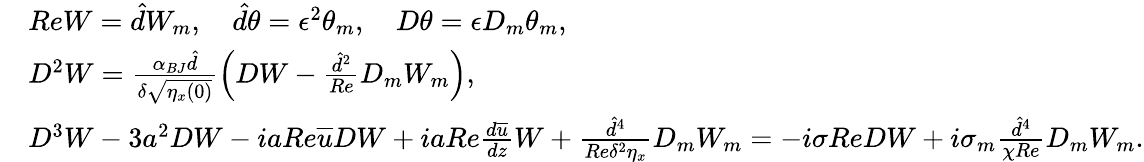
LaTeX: \begin{array}{rl}&{ReW=\hat{d}W_{m},\quad\hat{d}\theta=\epsilon^{2}\theta_{m},\quad D\theta=\epsilon D_{m}\theta_{m},}\\ &{D^{2}W=\frac{\alpha_{BJ}\hat{d}}{\delta\sqrt{\eta_{x}(0)}}\left(DW-\frac{\hat{d}^{2}}{Re}D_{m}W_{m}\right),}\\ &{D^{3}W-3a^{2}DW-iaRe\overline{{u}}DW+iaRe\frac{d\overline{{u}}}{dz}W+\frac{\hat{d}^{4}}{Re\delta^{2}\eta_{x}}D_{m}W_{m}=-i\sigma ReDW+i\sigma_{m}\frac{\hat{d}^{4}}{\chi Re}D_{m}W_{m}.}\end{array}